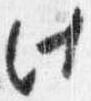
此